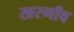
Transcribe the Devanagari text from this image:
खरगाँव